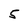
Character: 5